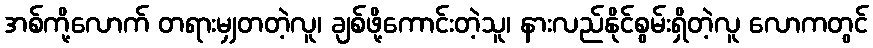
အစ်ကို့လောက် တရားမျှတတဲ့လူ၊ ချစ်ဖို့ကောင်းတဲ့သူ၊ နားလည်နိုင်စွမ်းရှိတဲ့လူ လောကတွင်